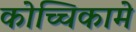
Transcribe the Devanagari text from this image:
कोच्चिकामे